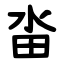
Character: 畓